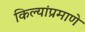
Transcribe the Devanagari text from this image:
किल्यांप्रमाणे